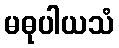
မဓုပါယသံ